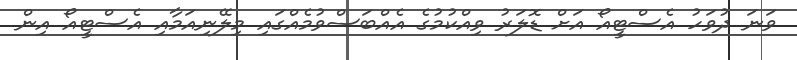
ވަނަ ދުވަހު އެސްޓީއޯ އަށް ޑޮލަރު ވިއްކުމުގެ އެއްބަސްވުމެއްގައި މިލޭނިއަމާއި އެސްޓީއޯ އިން